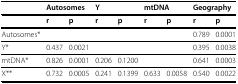
<table><thead><tr><td>[EMPTY_CELL]</td><td colspan="2"><b>Autosomes</b></td><td colspan="2"><b>Y</b></td><td colspan="2"><b>mtDNA</b></td><td colspan="2"><b>Geography</b></td></tr></thead><tbody><tr><td>[EMPTY_CELL]</td><td><b>r</b></td><td><b>p</b></td><td><b>r</b></td><td><b>p</b></td><td><b>r</b></td><td><b>p</b></td><td><b>r</b></td><td><b>p</b></td></tr><tr><td>Autosomes*</td><td>[EMPTY_CELL]</td><td>[EMPTY_CELL]</td><td>[EMPTY_CELL]</td><td>[EMPTY_CELL]</td><td>[EMPTY_CELL]</td><td>[EMPTY_CELL]</td><td>0.789</td><td>0.0001</td></tr><tr><td>Y*</td><td>0.437</td><td>0.0021</td><td>[EMPTY_CELL]</td><td>[EMPTY_CELL]</td><td>[EMPTY_CELL]</td><td>[EMPTY_CELL]</td><td>0.395</td><td>0.0038</td></tr><tr><td>mtDNA*</td><td>0.826</td><td>0.0001</td><td>0.206</td><td>0.1200</td><td>[EMPTY_CELL]</td><td>[EMPTY_CELL]</td><td>0.641</td><td>0.0003</td></tr><tr><td>X**</td><td>0.732</td><td>0.0005</td><td>0.241</td><td>0.1399</td><td>0.633</td><td>0.0058</td><td>0.540</td><td>0.0022</td></tr></tbody></table>